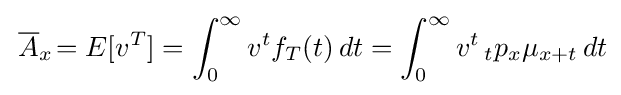
\,{\overline {A}}_{x}\!=E[v^{T}]=\int _{0}^{\infty }v^{t}f_{T}(t)\,dt=\int _{0}^{\infty }v^{t}\,_{t}p_{x}\mu _{x+t}\,dt